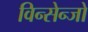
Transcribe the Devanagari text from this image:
विन्सेन्जो